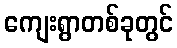
ကျေးရွာတစ်ခုတွင်